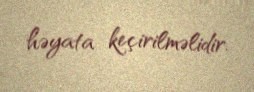
həyata keçirilməlidir.